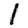
Digit: 1